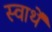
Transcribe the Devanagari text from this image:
स्वार्थें